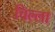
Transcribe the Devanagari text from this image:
चिल्‍ला